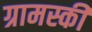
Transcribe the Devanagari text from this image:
ग्रामस्की